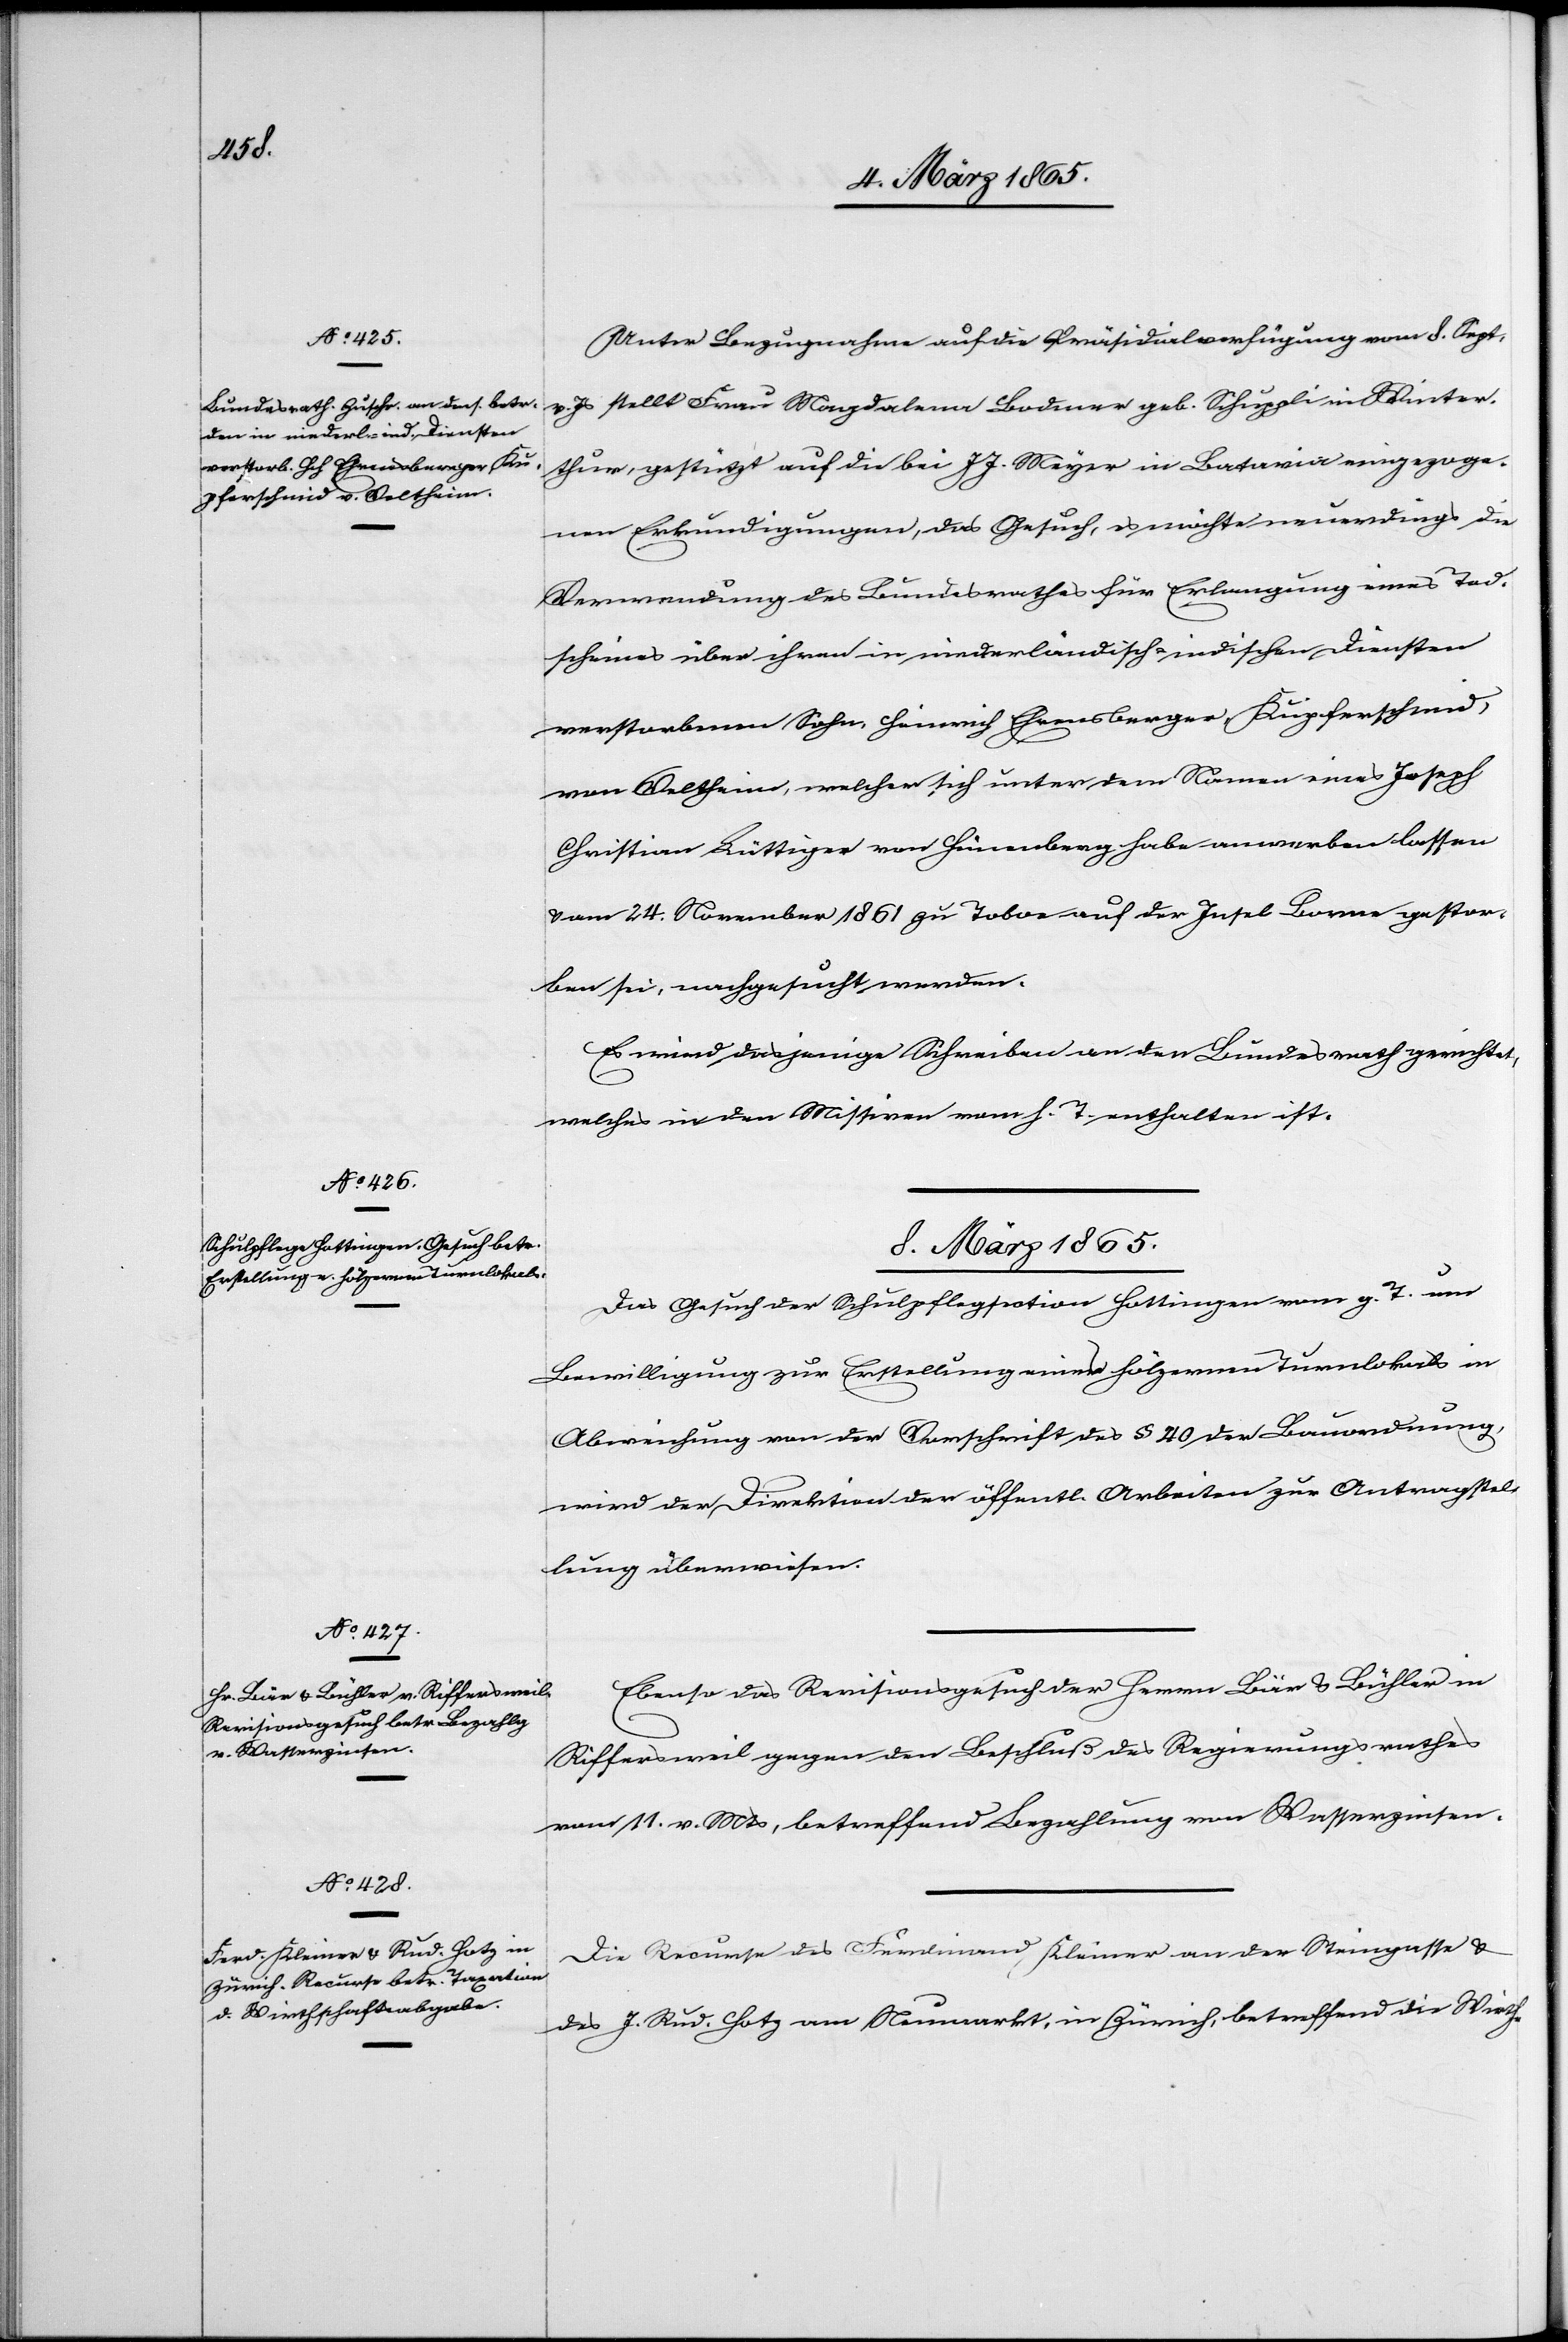
6. März 1865.]
Unter Bezugnahme auf die Präsidialverfügung vom 8. Sept.
v. Js stellt Frau Magdalena Bodmer geb. Schuppli in Winter¬
thur, gestützt auf die bei J. J. Meyer in Batavia eingezoge¬
nen Erkundigungen, das Gesuch, es möchte neuerdings die
Verwendung des Bundesrathes für Erlangung eines Tod¬
scheines über ihren in niederländisch-indischen Diensten
verstorbenen Sohn, Heinrich Ehrensberger, Kupferschmid,
von Veltheim, welcher sich unter dem Namen eines Joseph
Christian Lüttiger von Hünenberg habe anwerben lassen
u. am 24. November 1861 zu Toboe auf der Insel Borme gestor¬
ben sei, nachgesucht werden.
Es wird dasjenige Schreiben an den Bundesrath gerichtet,
welches in den Missiven vom h. T. enthalten ist.
8. März 1865.]
Das Gesuch der Schulpflegsection Hottingen vom g. T. um
Bewilligung zur Erstellung eines hölzernen Turnlokals in
Abweichung von der Vorschrift § 40 der Bauordnung,
wird der Direktion der öffentl. Arbeiten zur Antragstel¬
lung überwiesen.
Ebenso das Revisionsgesuch der Herrn Bär u. Bühler in
Riffersweil gegen den Beschluß des Regierungsrathes
vom 11. v. Mts, betreffend Bezahlung von Wasserzinsen.
Die Recurse des Ferdinand Kleiner an der Steingasse u.
des J. Rud. Hotz am Neumarkt, in Zürich, betreffend die Wirth-